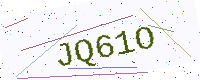
Text: JQ61O